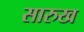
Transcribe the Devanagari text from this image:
सारुख